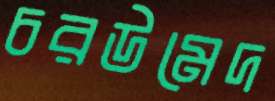
চরউমেদ